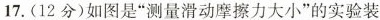
17.(12分)如图是”测量滑动摩擦力大小”的实验